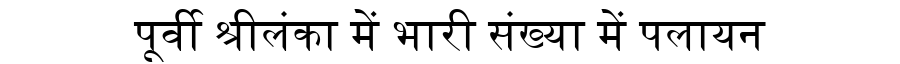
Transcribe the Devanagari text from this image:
पूर्वी श्रीलंका में भारी संख्या में पलायन